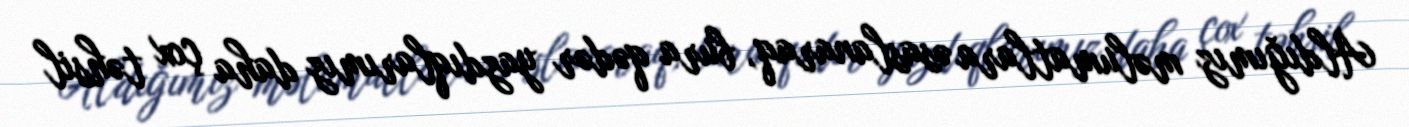
Aldığımız məlumatlara əsaslanaraq, bura qədər yazdıqlarımız daha çox təhsil